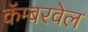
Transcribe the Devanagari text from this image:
कॅम्बरवेल